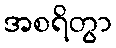
အစရိတွာ